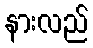
နားလည်